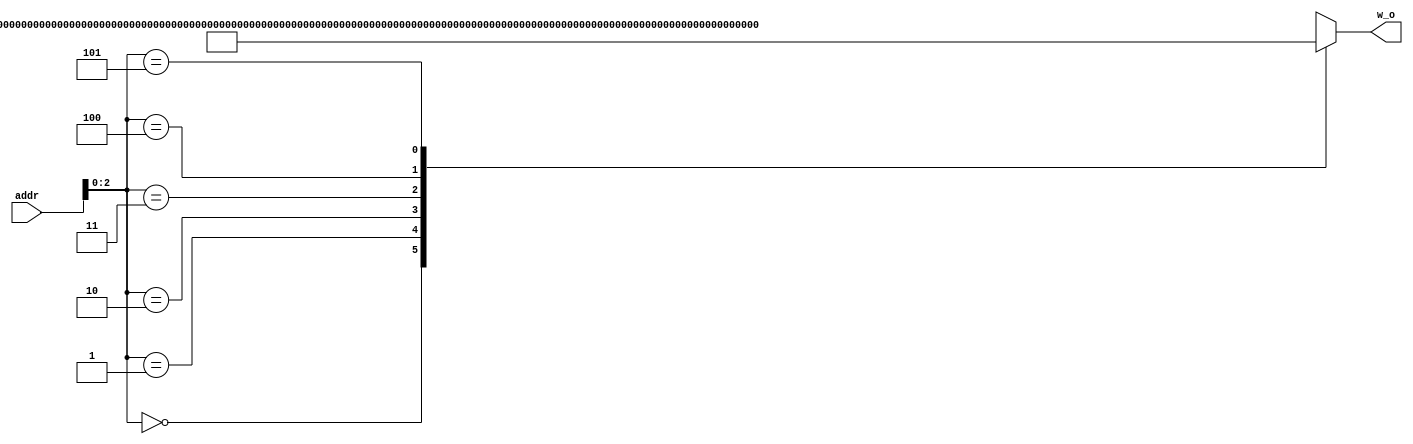
module bi_buffer #(
  parameter D_WL = 24,
  parameter UNITS_NUM = 5
)(
   input [7:0] addr,
   output [UNITS_NUM*D_WL-1:0] w_o
);

wire [D_WL*UNITS_NUM-1:0] w_fix [0:5];
assign w_o = w_fix[addr];
assign w_fix[0]='h00024bffb2f4fff286000975ffc6ae;
assign w_fix[1]='hffe4d1fff192ffe85affe555001608;
assign w_fix[2]='hfff3b6ffe019ffe431ffd753ffe0df;
assign w_fix[3]='hffe8b7ffe7b4ffef0ffff2c8fff549;
assign w_fix[4]='hffe385fff65fffb256ffd636ffdafc;
assign w_fix[5]='hffe87afff556ffd0a1fff0a6000436;

endmodule